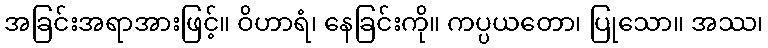
အခြင်းအရာအားဖြင့်။ ဝိဟာရံ၊ နေခြင်းကို။ ကပ္ပယတော၊ ပြုသော။ အဿ၊